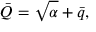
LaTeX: \bar { Q } = \sqrt { \alpha } + \bar { q } ,